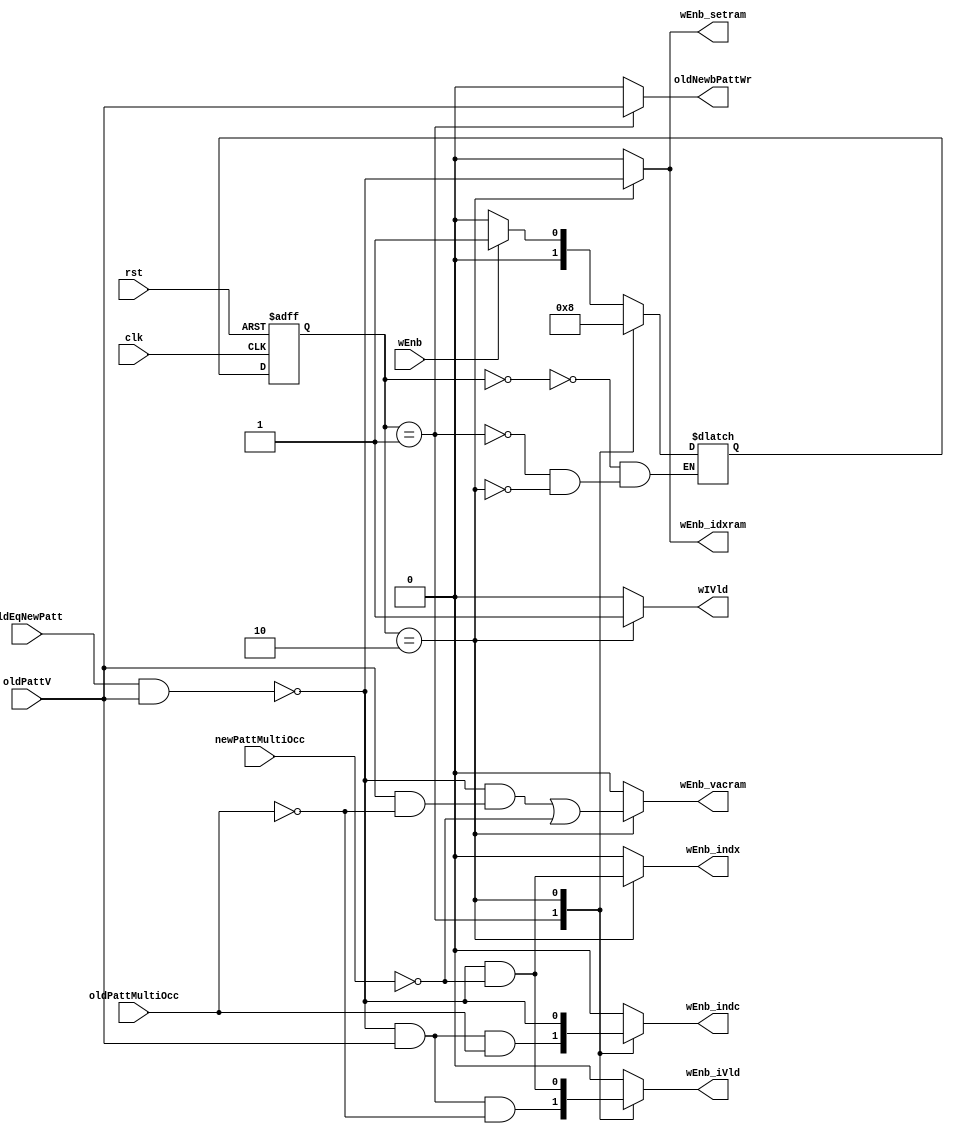
module camctl
  ( input       clk            ,  // clock                                          / input 
    input       rst            ,  // global registers reset                         / input
    input       wEnb           ,  // CAM write enable                               / input
    input       oldPattV       ,  // is old (rewritten) pattern valid?              / input from setram
    input       oldPattMultiOcc,  // does old pattern has multi(other)-occurrences? / input from setram
    input       newPattMultiOcc,  // does new pattern has multi(other)-occurrences? / input from setram
    input oldEqNewPatt,
    output reg  wEnb_setram    ,  // write enable to sets RAM                       / output to setram
    output reg  wEnb_idxram    ,  // write enable to indices RAM                    / output to idxram
    output reg  wEnb_vacram    ,  // write enable to vacancy RAM                    / output to vacram
    output reg  wEnb_indc      ,  // write enable / full indicators MLABs           / output to iitram9b
    output reg  wEnb_indx      ,  // write enable / indicator index RAM             / output to iitram9b
    output reg  wEnb_iVld      ,  // write enable / indicator valid RAM             / output to iitram9b
    output reg  wIVld          ,  // write indicator validity                       / output to iitram9b
    output reg  oldNewbPattWr  ); // old pattern / new pattern (inverted) write     / output

  // state declaration
  reg [1:0] curStt, nxtStt  ;
  localparam S0 = 2'b00;
  localparam S1 = 2'b01;
  localparam S2 = 2'b10;

  // synchronous process
  always @(posedge clk, posedge rst)
    if (rst) curStt <= S0    ;
    else     curStt <= nxtStt;

  // combinatorial process
  always @(*) begin
    {wEnb_setram,wEnb_idxram,wEnb_vacram,wEnb_indc,wEnb_indx,wEnb_iVld,wIVld,oldNewbPattWr} = 8'h00;
    case (curStt)
      S0: nxtStt = wEnb?S1:S0; // idle; read RAM and generate status
      S1: begin // delete old pattern
            nxtStt        = S2                          ;
            wEnb_indc     = !(oldEqNewPatt && oldPattV) && oldPattV &&  oldPattMultiOcc;
            wEnb_iVld     = !(oldEqNewPatt && oldPattV) && oldPattV && !oldPattMultiOcc;
            oldNewbPattWr = oldPattV                    ;
          end
      S2: begin // write new pattarn
            nxtStt        = S0                                                ;
            wEnb_setram   = !(oldEqNewPatt && oldPattV) && 1'b1                                              ;
//          wEnb_idxram   = !newPattMultiOcc                                  ;
            wEnb_idxram   = !(oldEqNewPatt && oldPattV) && 1'b1                                  ;
            wEnb_vacram   = !(oldEqNewPatt && oldPattV) && (oldPattV && !oldPattMultiOcc) || !newPattMultiOcc;
            wEnb_indc     = !(oldEqNewPatt && oldPattV) && 1'b1                                              ;
            wEnb_indx     = !(oldEqNewPatt && oldPattV) && !newPattMultiOcc                                  ;
            wEnb_iVld     = !(oldEqNewPatt && oldPattV) && !newPattMultiOcc                                  ;
            wIVld         = 1'b1                                              ;
            oldNewbPattWr = 1'b0                                              ;
          end
    endcase
  end

endmodule